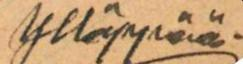
Ylläppää.